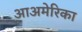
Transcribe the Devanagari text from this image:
आअमेरिका